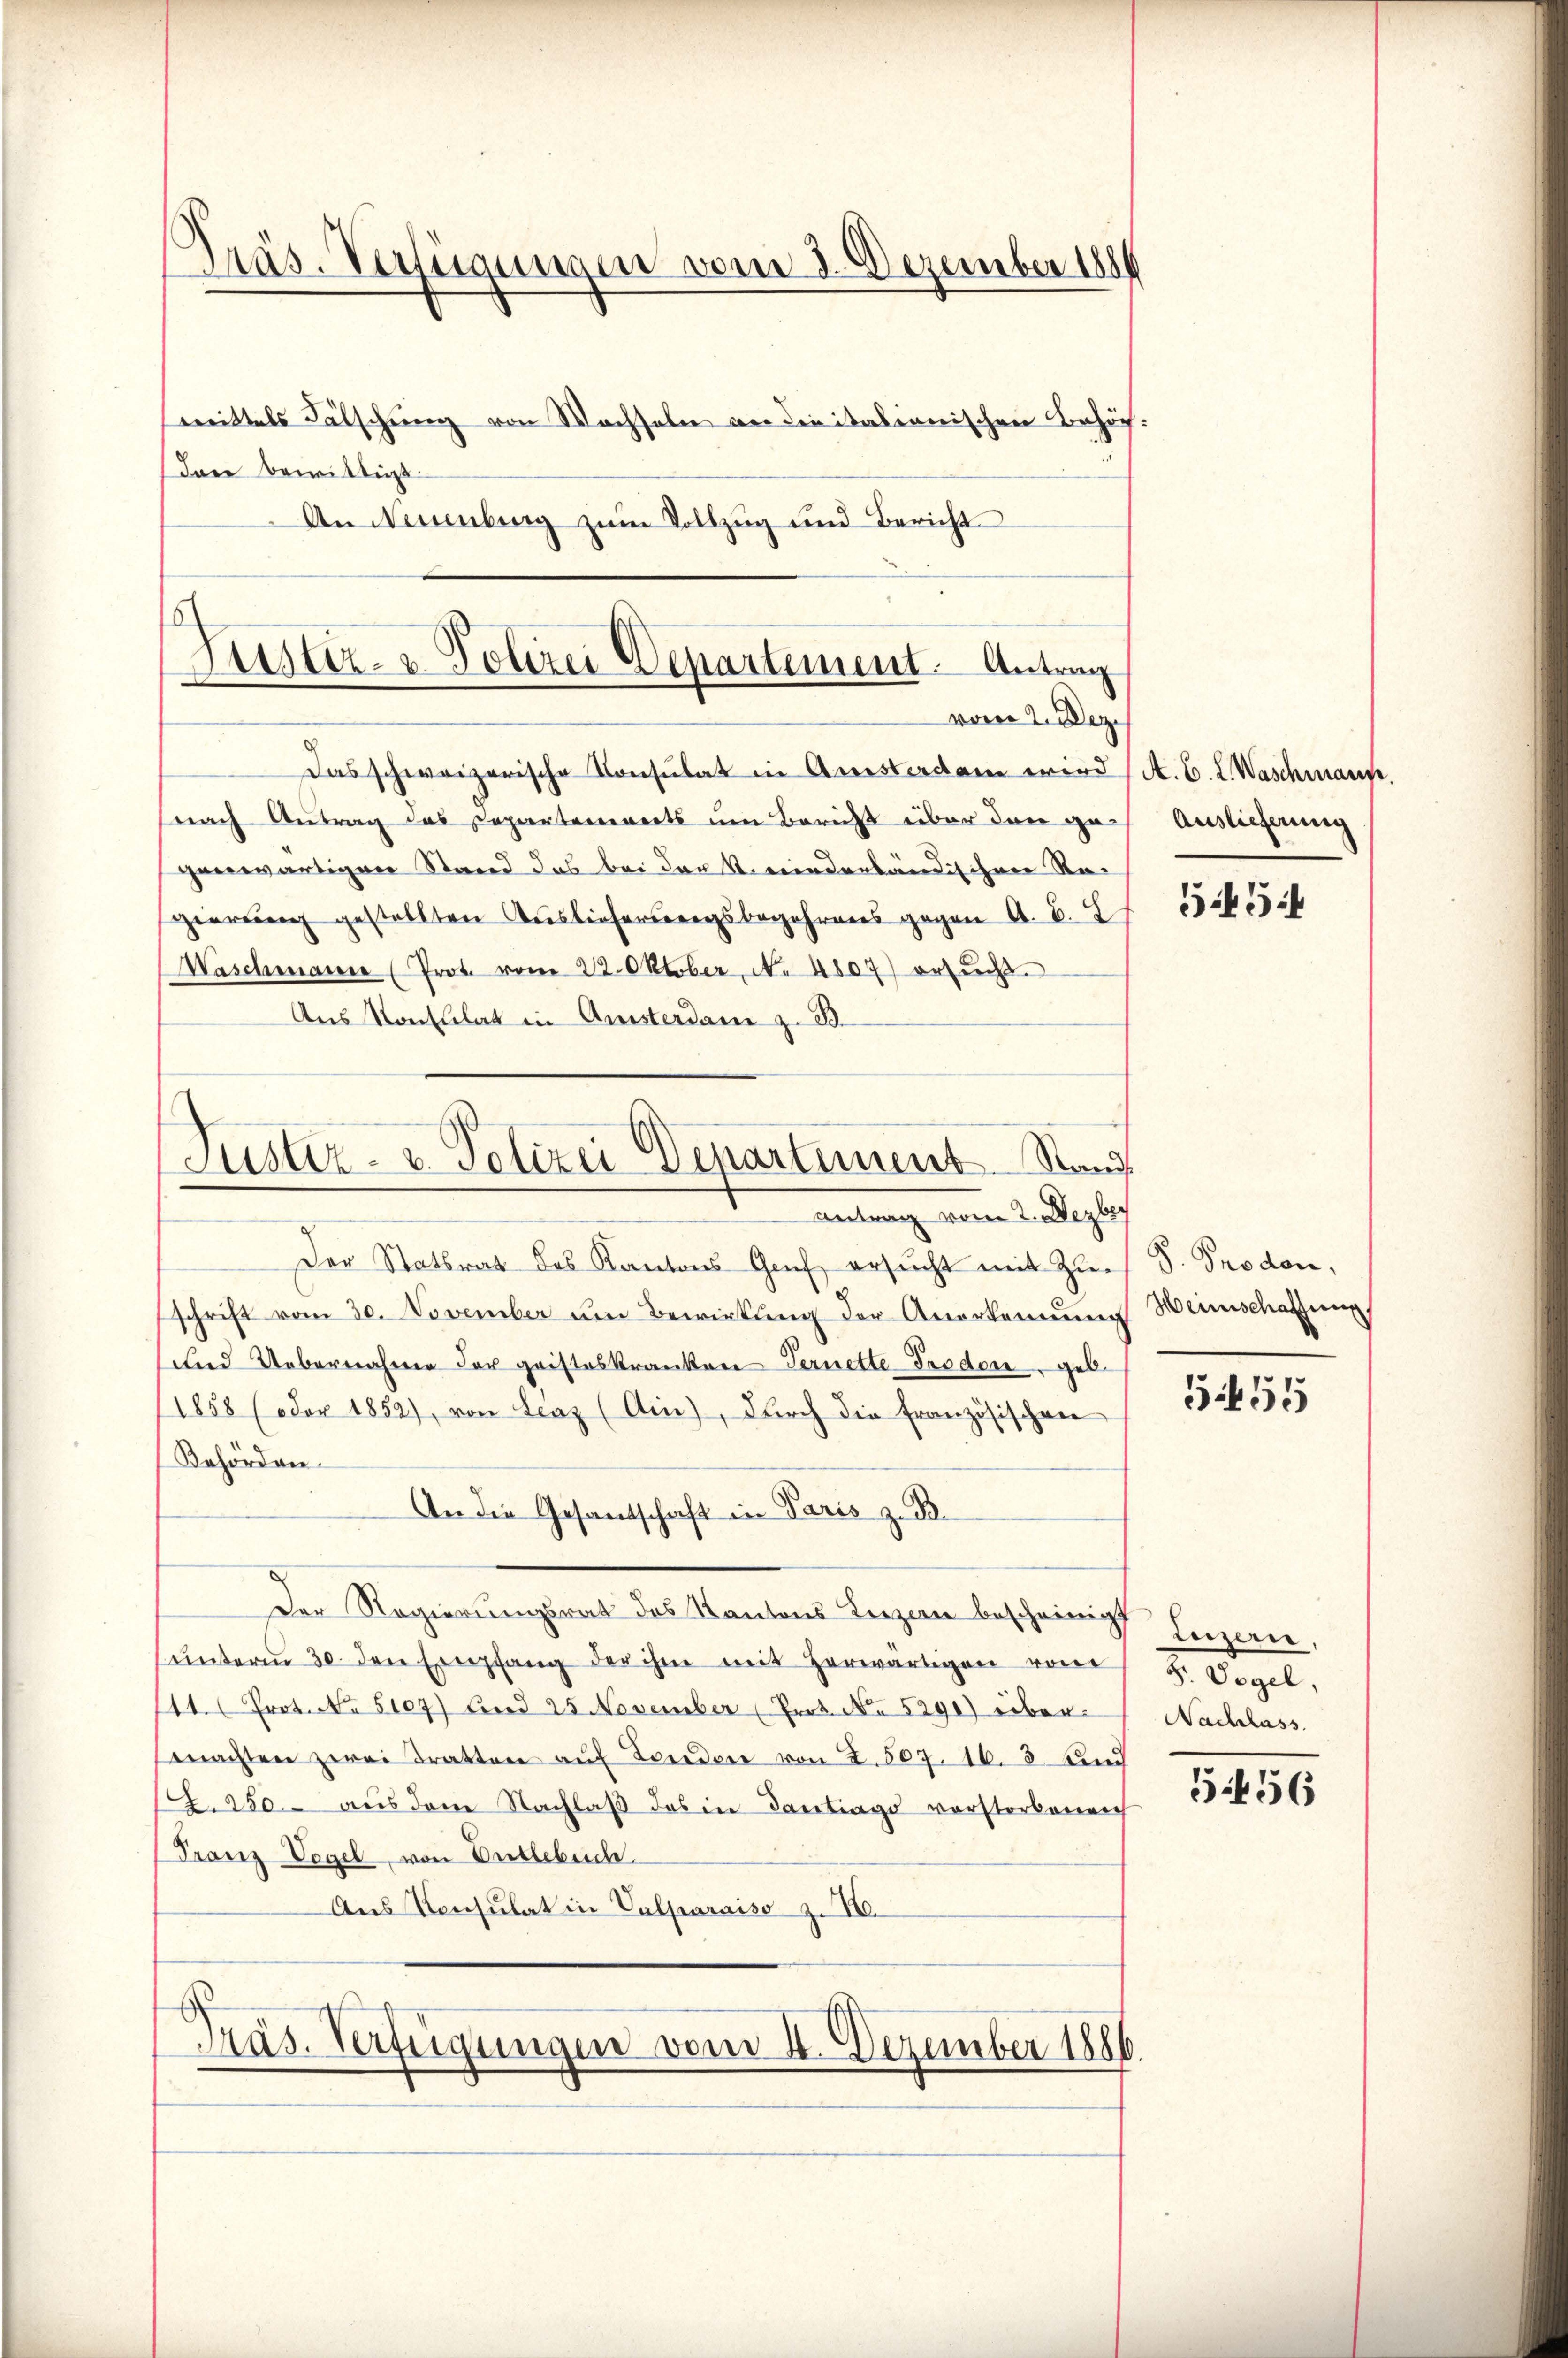
Präs. Verfügungen vom 2. Dezember 1881
mittels Fälschung von Wachseln an die italienischen Behör¬
(Dann bewilligt.

An Neuenburg zum Vollzug und Bericht

Justiz- & Polizei Departement. Antrag
.
vom 2. Dez.

Das schweizerische Konsulat in Aussterdam wird
(nach Antrag das Departenereits um Bericht über den gegenwärtigen Stand das bei der k. wiederbändischen Regierung gestellten Auslieferungsbegehrens gegen A. B. L
Waschmann (Prot. vom 22. Oktober, No 4807) ersucht.
Aus Konsulat in Ansterdam z. B.
antrag vom 2. Dezber
Der Statsrat des Kantons Genf ersŭcht mit Zuschrift vom 30. November um Bewirkung der Anerkennung Weinschaffung
und Uebernahme der gristeskranken Vernette Proden, geb.
/1858 (oder 1852), von Lenz (Ain), dŭrch die französischen
Behörden.
An die Gesandschaft in Paris z. B.
Der Regierungsrat des Kantons Lenzen bescheinigt Luzern,
ŭnterm 30. den Empfang der ihm mit herwärtigen von
11. Prot. No 5107) und 25 November (Prot. No. 5290) über-
machten zwei Tratten aŭf Sondere von 2. 507. 16. 3. Au
2. 250. aus dem Nachlaβ das in Gantrags vorstorbeneich
Franz Vogel, von Entlebuch.
Aus Konsulat in Valparaiso z. 10.

Justiz- u. Polizei Departement Stand

Präs. Verfügungen vom 4. Dezember 1886.

A. B. L. Waschmann.
Auslieferung

554

S. Proden,

555

D. Vogel,
Nachlass

5456